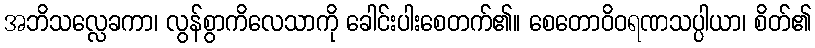
အဘိသလ္လေခကာ၊ လွန်စွာကိလေသာကို ခေါင်းပါးစေတက်၏။ စေတောဝိဝရဏသပ္ပါယာ၊ စိတ်၏